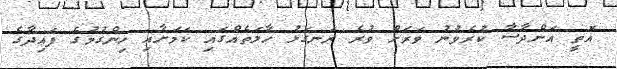
އޮތީ އަންދާސާ ކުރެވުނު ވަރަށް ވުރެ ރަނގަޅު ހާލަތެއްގައި ކަމަށާއި ހިންގުމުގެ ފައިދާގެ